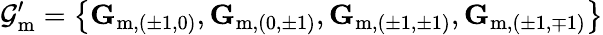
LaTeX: \mathcal{G}_{\mathrm{m}}^{\prime}=\left\{ \mathbf{G}_{\mathrm{m},(\pm 1,0)},\mathbf{G}_{\mathrm{m},(0,\pm 1)},\mathbf{G}_{\mathrm{m},(\pm 1,\pm 1)},\mathbf{G}_{\mathrm{m},(\pm 1,\mp 1)}\right\}